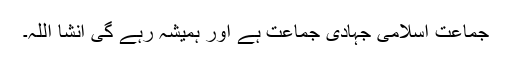
جماعت اسلامی جہادی جماعت ہے اور ہمیشہ رہے گی انشا اللہ۔